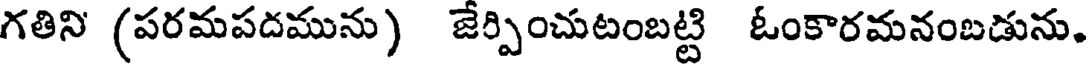
గతిని (పరమపదమును) జేర్పించుటంబట్టి ఓంకారమనంబడును,